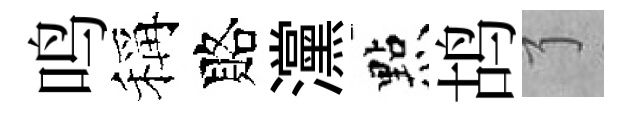
鸣稱賂灙㸃鸪了